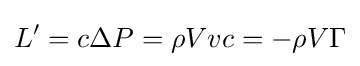
L'=c\Delta P=\rho Vvc=-\rho V\Gamma